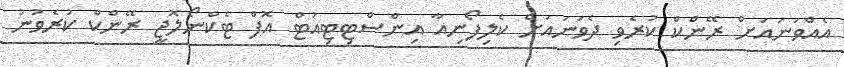
އެއްވަނައަށް ރޭންކް ކުރެވި ދެވަނައަށް ކެލިފޯނިއާ އިންސްޓިޓިއުޓް އޮފް ޓެކްނޯލޮޖީ ރޭންކް ކުރެވުނު